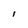
Character: l